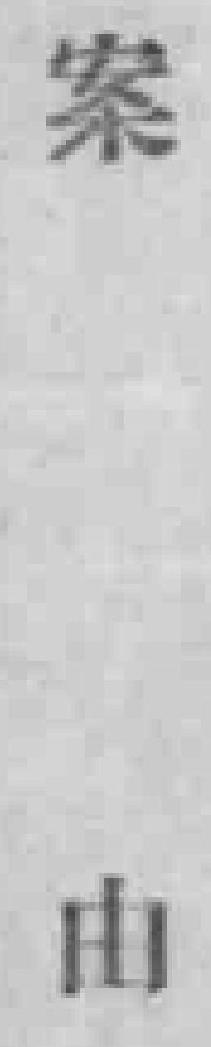
案由